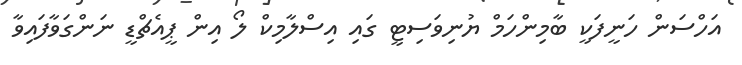
އަހްސަން ހަނީފަކީ ބާމިންހަމް ޔުނިވަސިޓީ ގައި އިސްލާމިކް ލޯ އިން ޕީއެޗްޑީ ނަންގަވާފައިވާ